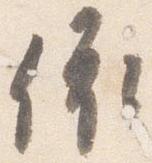
依